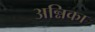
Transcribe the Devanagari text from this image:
अन्निका